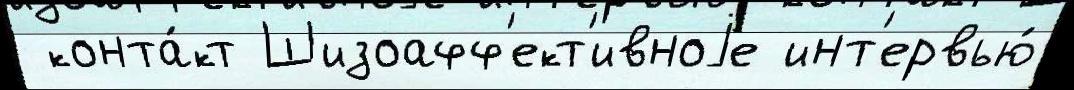
 конта́кт Шизоафф'ект'ивноjе инт'ервью́